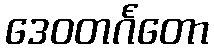
ဒေဝတင်္ဂတော